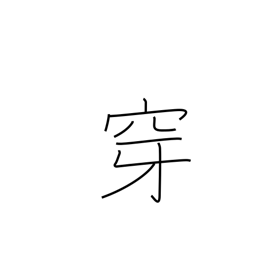
Meaning: put on (to the feet)